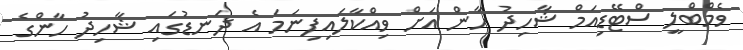
ވެމްބްލީ ސްޓޭޑިއަމް ޝާހިދު ހާން އަށް ވިއްކާލައިފިނަމަ އެ ދަނޑުގައި ޝާހިދު ހާންގެ